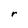
Character: r